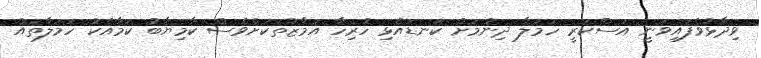
ވިދާޅުވެފައިވަނީ އަސްކަރީ ހަމަލާ ދިނުމަށް ކަނޑައެޅި ހުރިހާ އަމާޒުތަކަށްވެސް ކާމިޔާބު ކަމާއެކު ހަމަލާތައް